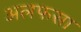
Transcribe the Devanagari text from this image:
अलफसा